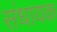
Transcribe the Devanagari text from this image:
संधायक